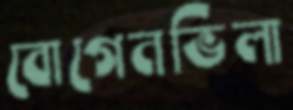
বোগেনভিলা